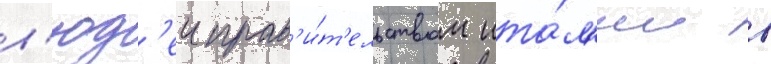
л'юд'еи прав'и́т'ельством ита́л'ии в